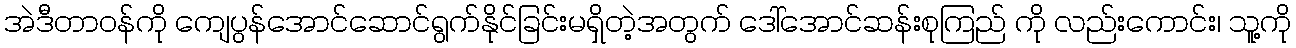
အဲဒီတာဝန်ကို ကျေပွန်အောင်ဆောင်ရွက်နိုင်ခြင်းမရှိတဲ့အတွက် ဒေါ်အောင်ဆန်းစုကြည် ကို လည်းကောင်း၊ သူ့ကို